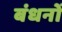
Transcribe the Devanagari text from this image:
बंधनोँ